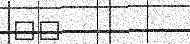
٩٦